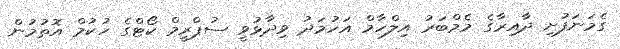
ގެމަނަފުށި ދާއިރާގެ މެމްބަރު އިލްހާމް އަހުމަދު ވިދާޅުވީ ސުޕްރީމް ކޯޓްގެ ހުކުމް އޮތުމުން